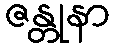
ဇန္တုနာ